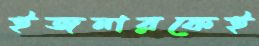
ইজনারকেই